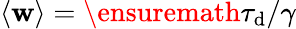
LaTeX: \langle{\mathbf{w}}\rangle=\ensuremath{{\tau_{\mathrm{{d}}}}}/\gamma